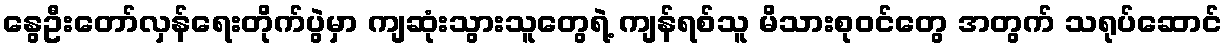
နွေဦးတော်လှန်ရေးတိုက်ပွဲမှာ ကျဆုံးသွားသူတွေရဲ့ ကျန်ရစ်သူ မိသားစုဝင်တွေ အတွက် သရုပ်ဆောင်